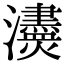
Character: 𤄼